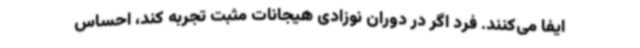
ایفا می‌کنند. فرد اگر در دوران نوزادی هیجانات مثبت تجربه کند، احساس